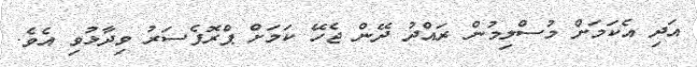
އަދި އެކަމަށް މުސްލިމުން ރައްދު ދޭން ޖެހޭ ކަމަށް ޕްރޮފެސަރު ވިދާޅުވި އެވެ.